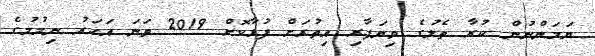
ޔަމަންނުން ކުރާ ތެލުގެ ވިޔަފާރި އިތުރަށް ފުޅާކޮށް 2019 ވަނަ އަހަރު ނިމުމުގެ